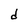
Character: d